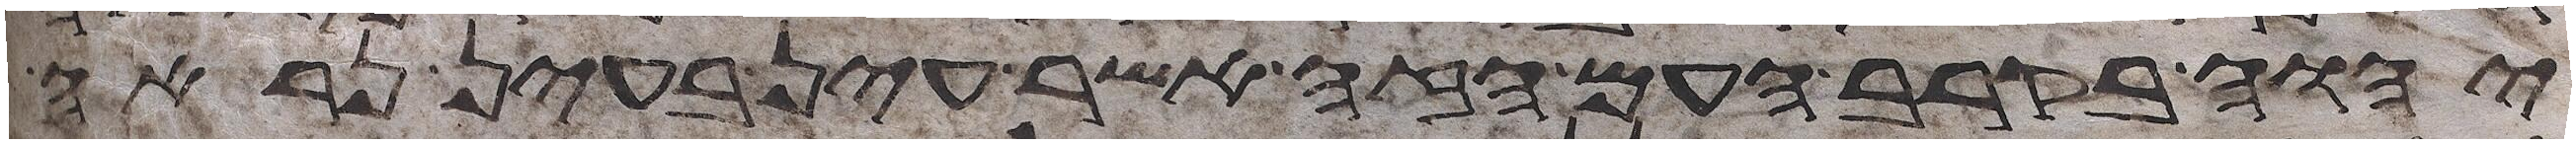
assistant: יהוה בקרב העם הזה אשר עין בעין נראה